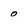
Character: o